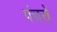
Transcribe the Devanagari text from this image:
पंचरों